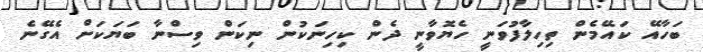
ބަހާއޭ ކައޭމެން ތިހިލާފުވަނީ ހެޔޮވާނީ ދެން ކިހިނަކުން ނިކަން ވިސްނާ ބަޔަކަށް އެގޭނެ